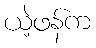
ယဲ့ဖန်က